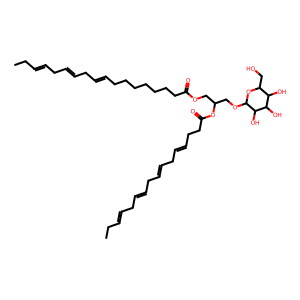
SMILES: CCC=CCC=CCC=CCC=CCCC(=O)OC(COC(=O)CCCCCCCC=CCC=CCC=CCC)COC1OC(CO)C(O)C(O)C1O
Inhibits HIV replication: No